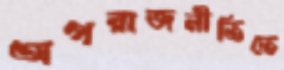
অপরাজনীতিতে